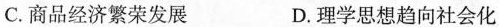
C.商品经济繁荣发展 D.理学思想趋向社会化